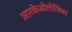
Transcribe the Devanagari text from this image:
आरकेओलोजिका